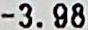
-3.98